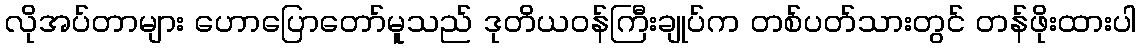
လိုအပ်တာများ ဟောပြောတော်မူသည် ဒုတိယဝန်ကြီးချုပ်က တစ်ပတ်သားတွင် တန်ဖိုးထားပါ